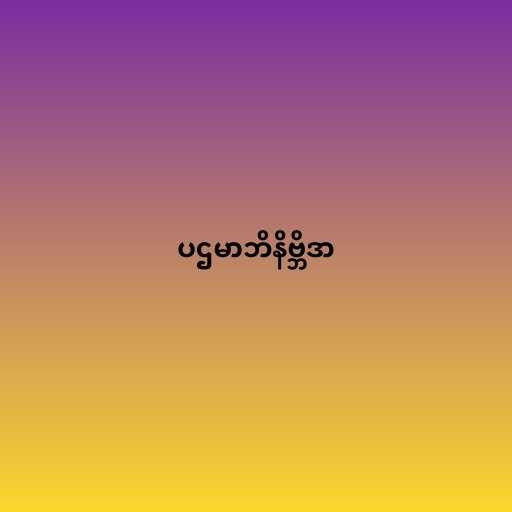
ပဌမာဘိနိဗ္ဘိဒာ